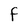
Character: F